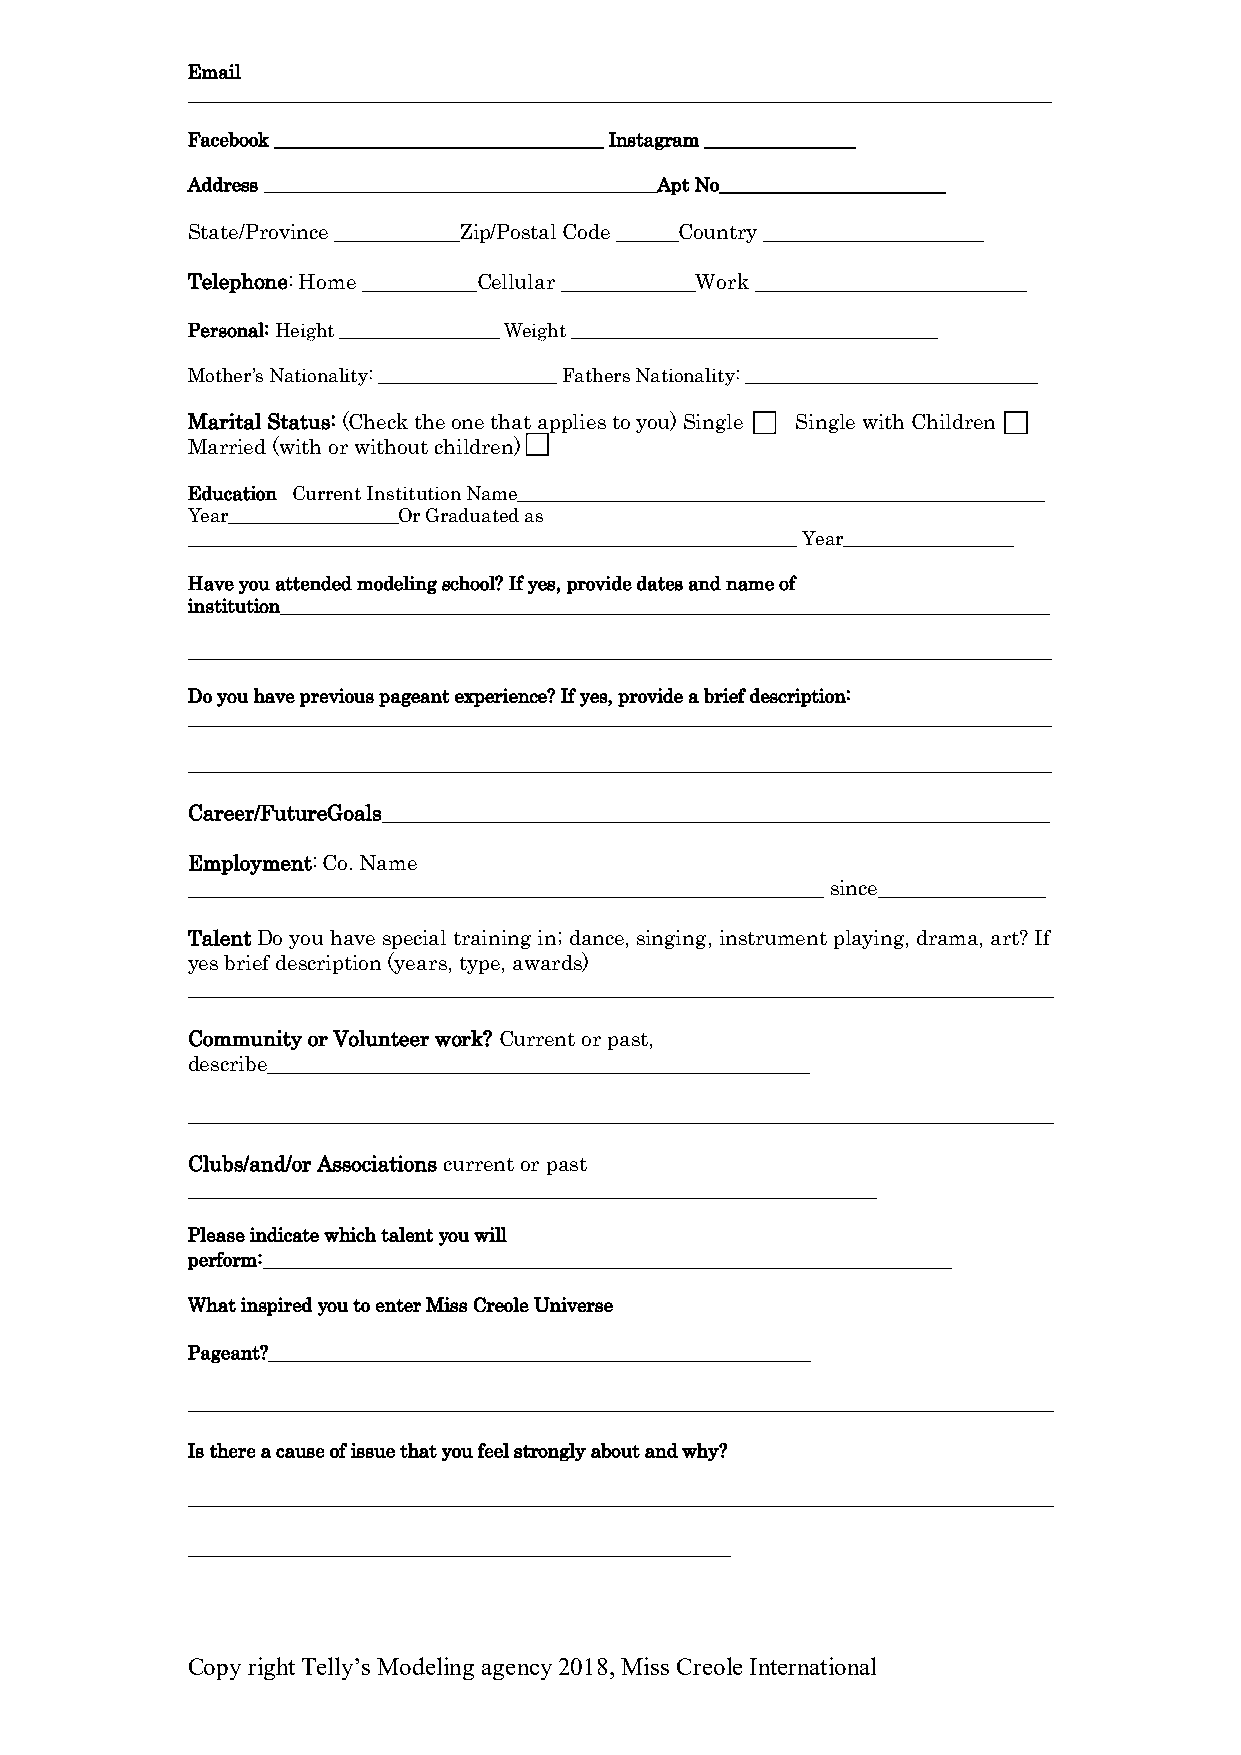
Email
 ____________________________________________________________________________________________
 Facebook ___________________________________ Instagram ________________
 Address __________________________________________Apt No________________________
 State/Province ____________Zip/Postal Code ______Country _____________________
 Telephone: Home ___________Cellular _____________Work __________________________
 Personal: Height _________________ Weight _______________________________________
 Mother’s Nationality: ___________________ Fathers Nationality: _______________________________
 Marital Status: (Check the one that applies to you) Single Single with Children
 Married (with or without children)
 Education Current Institution Name________________________________________________________
 Year__________________Or Graduated as
 _________________________________________________________________ Year__________________
 Have you attended modeling school? If yes, provide dates and name of
 institution__________________________________________________________________________________
 ____________________________________________________________________________________________
 Do you have previous pageant experience? If yes, provide a brief description:
 ____________________________________________________________________________________________
 ____________________________________________________________________________________________
 Career/FutureGoals________________________________________________________________
 Employment: Co. Name
 _____________________________________________________________ since________________
 Talent Do you have special training in; dance, singing, instrument playing, drama, art? If
 yes brief description (years, type, awards)
 ___________________________________________________________________________________
 Community or Volunteer work? Current or past,
 describe____________________________________________________
 ___________________________________________________________________________________
 Clubs/and/or Associations current or past
 __________________________________________________________________
 Please indicate which talent you will
 perform:__________________________________________________________________
 What inspired you to enter Miss Creole Universe
 Pageant?____________________________________________________
 ___________________________________________________________________________________
 Is there a cause of issue that you feel strongly about and why?
 ___________________________________________________________________________________
 ____________________________________________________
 Copy right Telly’s Modeling agency 2018, Miss Creole International